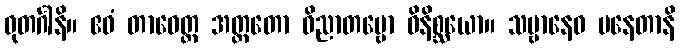
ဓုတင်္ဂါနိ။ ဧဝံ တာဝေတ္ထ အတ္ထတော ဝိညာတဗ္ဗော ဝိနိစ္ဆယော။ သဗ္ဗာနေဝ ပနေတာနိ